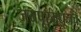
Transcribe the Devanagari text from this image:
जयपूरमधूनच